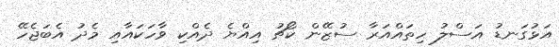
އަޅުގަނޑު އަސްލު ހިތައްއަރާ ސުޒޭން ކޯޗު އިއްޔެ ދެއްކި ވާހަކައާއި މެދު އެބަޖެހޭ